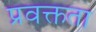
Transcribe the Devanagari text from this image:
प्रवक्तता